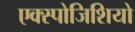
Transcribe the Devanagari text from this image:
एक्स्पोजिशियो